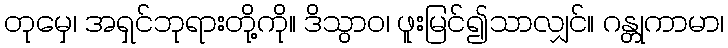
တုမှေ၊ အရှင်ဘုရားတို့ကို။ ဒိသွာဝ၊ ဖူးမြင်၍သာလျှင်။ ဂန္တုကာမာ၊